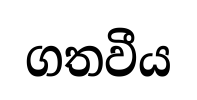
ගතවීය